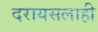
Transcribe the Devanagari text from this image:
दरायसलाही